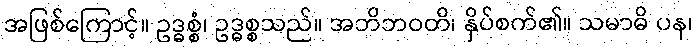
အဖြစ်ကြောင့်။ ဥဒ္ဓစ္စံ၊ ဥဒ္ဓစ္စသည်။ အဘိဘဝတိ၊ နှိပ်စက်၏။ သမာဓိ ပန၊